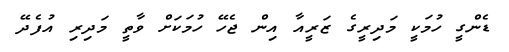
ޑެންގީ ހުމަކީ މަދިރީގެ ޒަރީއާ އިން ޖެހޭ ހުމަކަށް ވާތީ މަދިރި އުފެދޭ